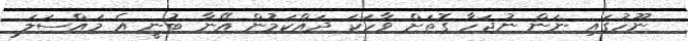
ނޫހުގައި ނަން ނުޖަހާ ގޮތަށް ވާހަކަ ދައްކަމުން އޭނާ ބުނީ އެ މައްސަލަ